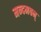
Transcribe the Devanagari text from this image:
मन्दमवन्